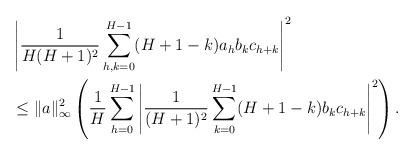
LaTeX: \begin{align*}& \left| \frac{1}{H(H+1)^2} \sum_{h, k = 0}^{H-1} (H + 1 - k) a_h b_k c_{h+k} \right|^2 \\&\leq \| a \|_\infty^2 \left( \frac{1}{H} \sum_{h=0}^{H-1} \left| \frac{1}{(H+1)^2} \sum_{k=0}^{H-1}(H + 1 - k) b_k c_{h + k} \right|^2 \right).\end{align*}